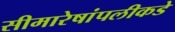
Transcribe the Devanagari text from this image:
सीमारेषांपलीकडे